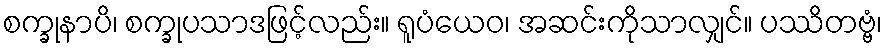
စက္ခုနာပိ၊ စက္ခုပသာဒဖြင့်လည်း။ ရူပံယေဝ၊ အဆင်းကိုသာလျှင်။ ပဿိတဗ္ဗံ၊